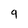
Character: q